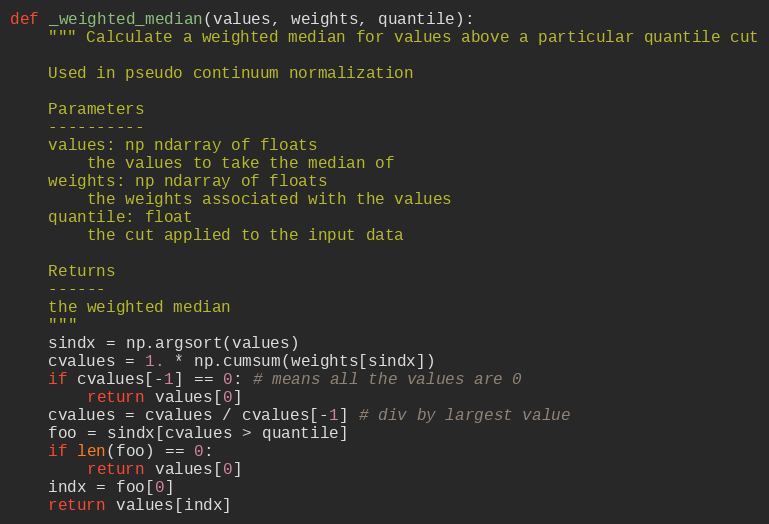
Language: Python
def _weighted_median(values, weights, quantile):
    """ Calculate a weighted median for values above a particular quantile cut

    Used in pseudo continuum normalization

    Parameters
    ----------
    values: np ndarray of floats
        the values to take the median of
    weights: np ndarray of floats
        the weights associated with the values
    quantile: float
        the cut applied to the input data

    Returns
    ------
    the weighted median
    """
    sindx = np.argsort(values)
    cvalues = 1. * np.cumsum(weights[sindx])
    if cvalues[-1] == 0: # means all the values are 0
        return values[0]
    cvalues = cvalues / cvalues[-1] # div by largest value
    foo = sindx[cvalues > quantile]
    if len(foo) == 0:
        return values[0]
    indx = foo[0]
    return values[indx]